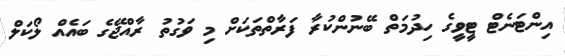
އިންޓަނެޓް ޓީވީގެ ހިދުމަތް ބޭނުންކުރާ ފަރާތްތަކަށް މި ވަގުތު ރާއްޖޭގެ ބައެއް ލޯކަލް